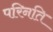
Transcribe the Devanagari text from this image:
परिनति